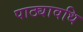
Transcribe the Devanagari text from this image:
पाठ्यावधि